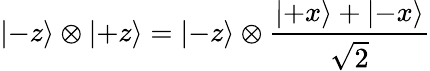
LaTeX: \left|-z\right\rangle\otimes\left|+z\right\rangle=\left|-z\right\rangle\otimes{\frac{\left|+x\right\rangle+\left|-x\right\rangle}{\sqrt{2}}}